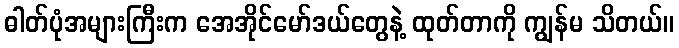
ဓါတ်ပုံအများကြီးက အေအိုင်မော်ဒယ်တွေနဲ့ ထုတ်တာကို ကျွန်မ သိတယ်။